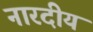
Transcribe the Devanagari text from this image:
नारदीयं